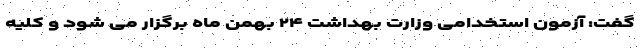
گفت: آزمون استخدامی وزارت بهداشت ۲۴ بهمن ماه برگزار می شود و کلیه